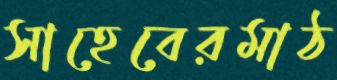
সাহেবেরমাঠ